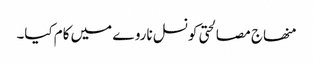
منھاج مصالحتی کونسل ناروے میں کام کیا۔